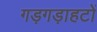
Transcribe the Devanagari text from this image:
गड़गड़ाहटों